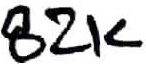
Text: 82K